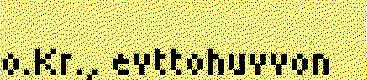
o.Kr., evttohuvvon